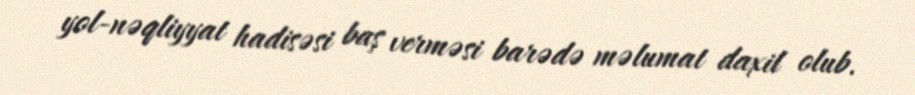
yol-nəqliyyat hadisəsi baş verməsi barədə məlumat daxil olub.